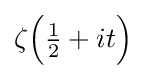
\zeta {\Bigl (}{\tfrac {1}{2}}+it{\Bigr )}